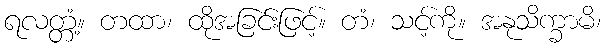
ရလတ္တံ့။ တထာ၊ ထိုအခြင်းဖြင့်။ တံ၊ သင့်ကို။ အနုသိက္ခာမိ၊